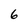
Character: 6